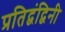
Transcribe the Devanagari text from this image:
प्रतिद्वंद्विनी